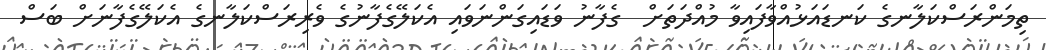
ތިމަންރަސްކަލާނގެ ކަނޑައަޅުއްވާފައިވާ މުއްދަތަށް  ގެފާނު ވަޑައިގަންނަވައި އެކަލޭގެފާނުގެ ވެރިރަސްކަލާނގެ އެކަލޭގެފާނަށް ބަސް